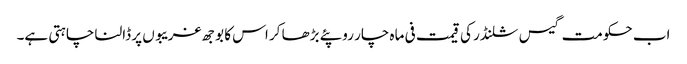
اب حکومت گیس سلنڈر کی قیمت فی ماہ چار روپئے بڑھا کر اس کا بوجھ غریبوں پر ڈالنا چاہتی ہے۔